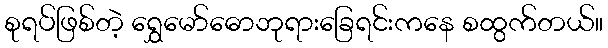
စုရပ်ဖြစ်တဲ့ ရွှေမော်ဓောဘုရားခြေရင်းကနေ စထွက်တယ်။